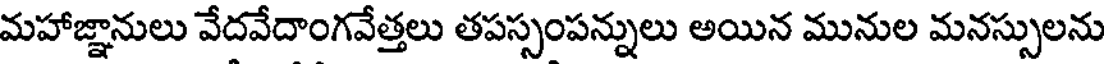
మహాజ్ఞానులు వేదవేదాంగవేత్తలు తపస్సంపన్నులు అయిన మునుల మనస్సులను